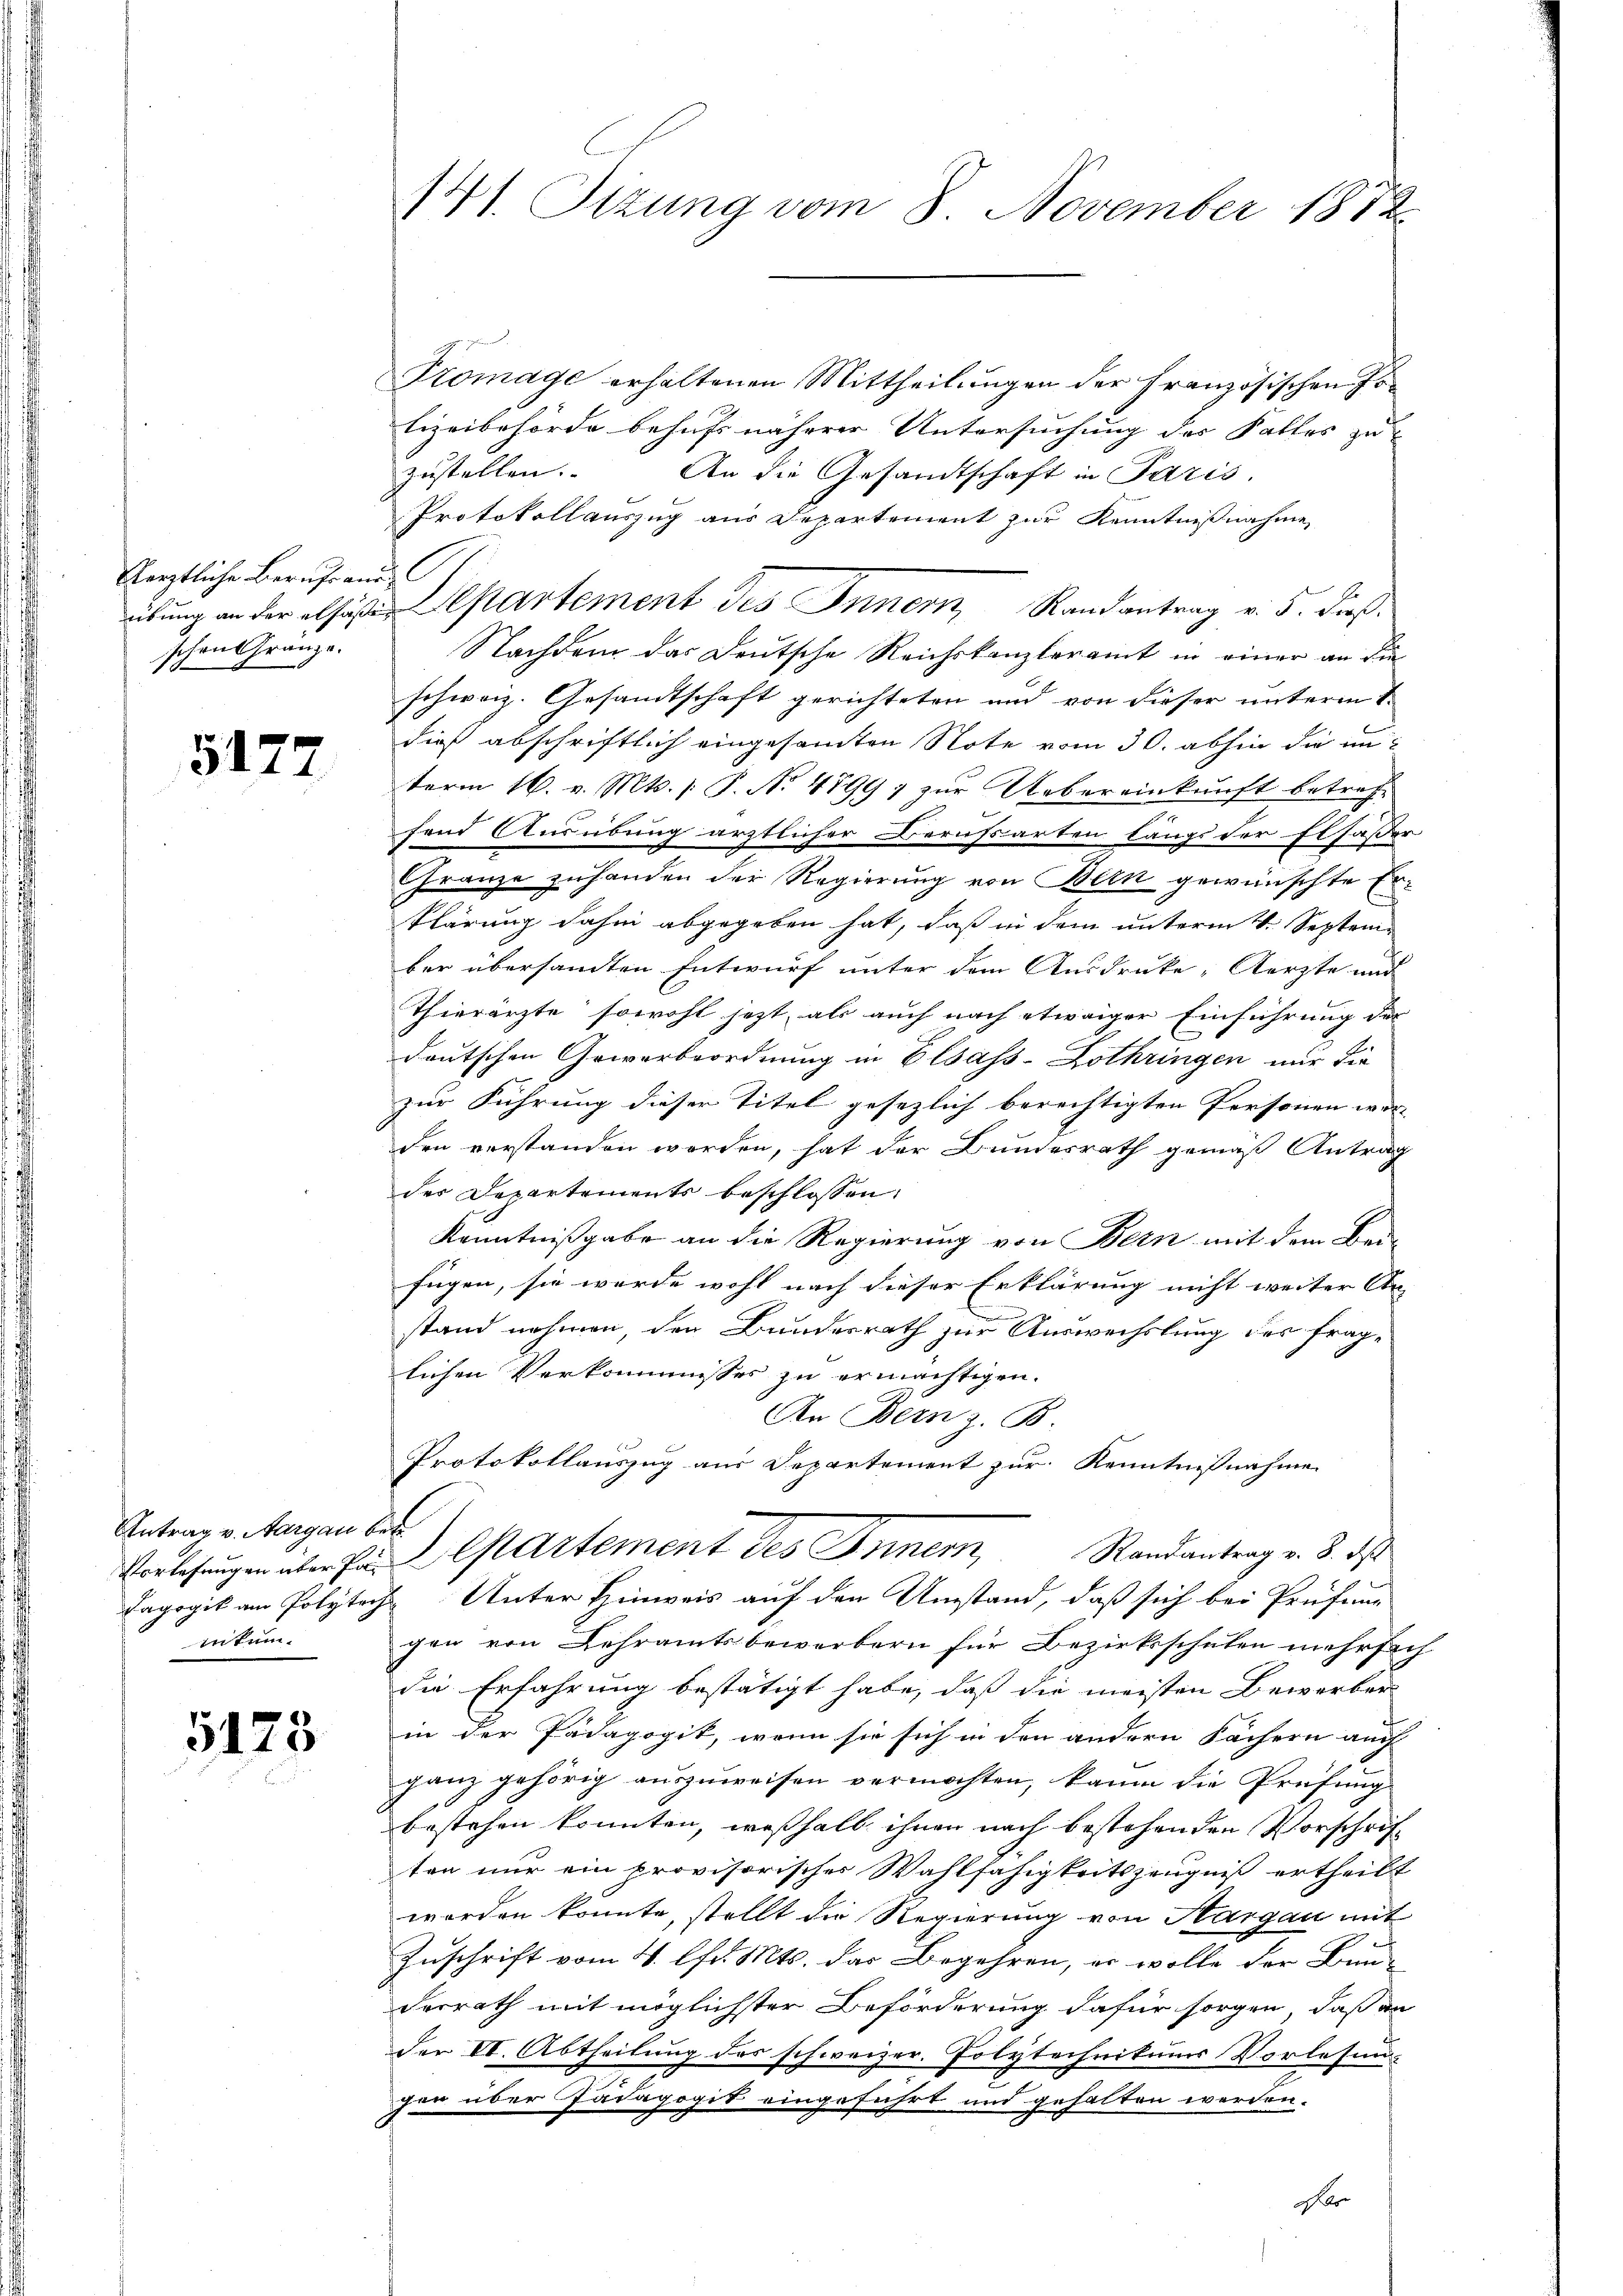
Kärztliche Berufe and
schen Gränze.

5177

Antrag v. Aargau betr
entum.

5175

141. Sizung vom 8. November 187

Tromage erhaltenen Mittheilungen der Französischen Jolizeibehörde behufs näherer Untersuchung des Falles zu |
zustellen. An die Gesandtschaft in Paris,
Protokollauszug aus Departement zur Kenntnißnahme
übung repartement des Innern, Randantrag v. 5. dieß
Nachdem das Deutsche Reichskanzleramt in einer an die
schweiz. Gesandtschaft gerichteten und von dieser unterm
dies abschriftlich eingesamten Note vom 30. abhin die unterm 16. v. Mts. /: P. No 4899; zur Uebereinkunft betreffend Ausübung ärztlicher Berufsarten längs der Elsaßer
Granze zuhanden der Regierung von Bein gewünschte Erklärung dahin abgegeben hat, daß in dem unterm 4. September übersandten Entwurf unter dem Ausdrucke-Aerzte und
Thierärzte sowohl jezt, als auch nach etwaiger Einführung der
deutschen Gewerbeordnung in Elsass-Lothringen nur die
zur Führung dieser Titel gesezlich berechtigten Personen war
den verstanden werden, hat der Bundesrath gemäß Antrag
der Departements beschlossen:
Kenntnißgabe an die Regierung von Bern mit dem Bei-
fügen, sie werde wohl nach dieser Erklärung nicht weiter An-
stand nehmen, den Bundesrath zur Auswechslung der fraglichen Verkommisses zu ermächtigen.
An Bern z. B.
Protokollauszug aus Departement zur Kenntnißnahme
Vorlesungen aber Par Cartement des Inner, Randantrag v. 3. ds
Tagogik am Polyteche Unter Hinweis auf den Umstand, daß sich bei Prüfen-
gen von Lehramtsbewerbern für Bezirksschulen mehrfach
die Erfahrung bestätigt habe, daß die meisten Bewerber
in der Pädagogit, wenn sie sich in den andern Fächern auch
ganz gehörig auszuweisen vermöchten, kaum die Prüfung
bestehen konnten, weßhalb ihnen nach bestehenden Vorschrift
ten nur ein provisorischer Wahlfähigkeitszeugniß ertheilt
worden konnte, stellt die Regierung von Hargau mit
Zuschrift vom 4. lfd. Mts. das Begehren, er wolle der Bun-
derrath mit möglichster Beförderung dafür sorgen, daß an
der VI. Abtheilung des schweizer. Polytechnikums Vorlesun-
gen über Pädagogit eingeführt und gehalten werden.